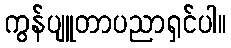
ကွန်ပျူတာပညာရှင်ပါ။